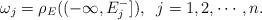
LaTeX: \begin{align*}\omega_j = \rho_E((-\infty, E_j^-]), \;\; j = 1, 2, \cdots, n.\end{align*}